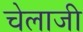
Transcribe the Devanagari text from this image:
चेलाजी